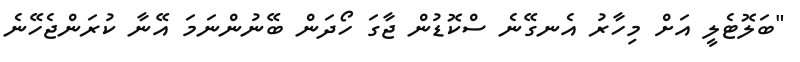
"ބަލޮޓެލީ އަށް މިހާރު އެނގޭނެ ސްކޮޑުން ޖާގަ ހޯދަން ބޭނުންނަމަ އޭނާ ކުރަންޖެހޭނެ